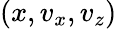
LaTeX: (x,v_{x},v_{z})